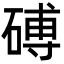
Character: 磗